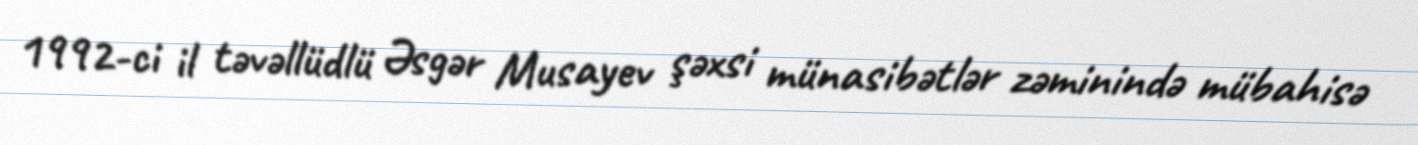
1992-ci il təvəllüdlü Əsgər Musayev şəxsi münasibətlər zəminində mübahisə